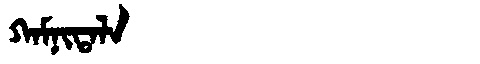
Manchu: ᡴᠠᠮᠨᡳᡨᠠᠯᠠ
Romanization: KAMNITALA